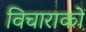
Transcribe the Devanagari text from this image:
विचाराकों